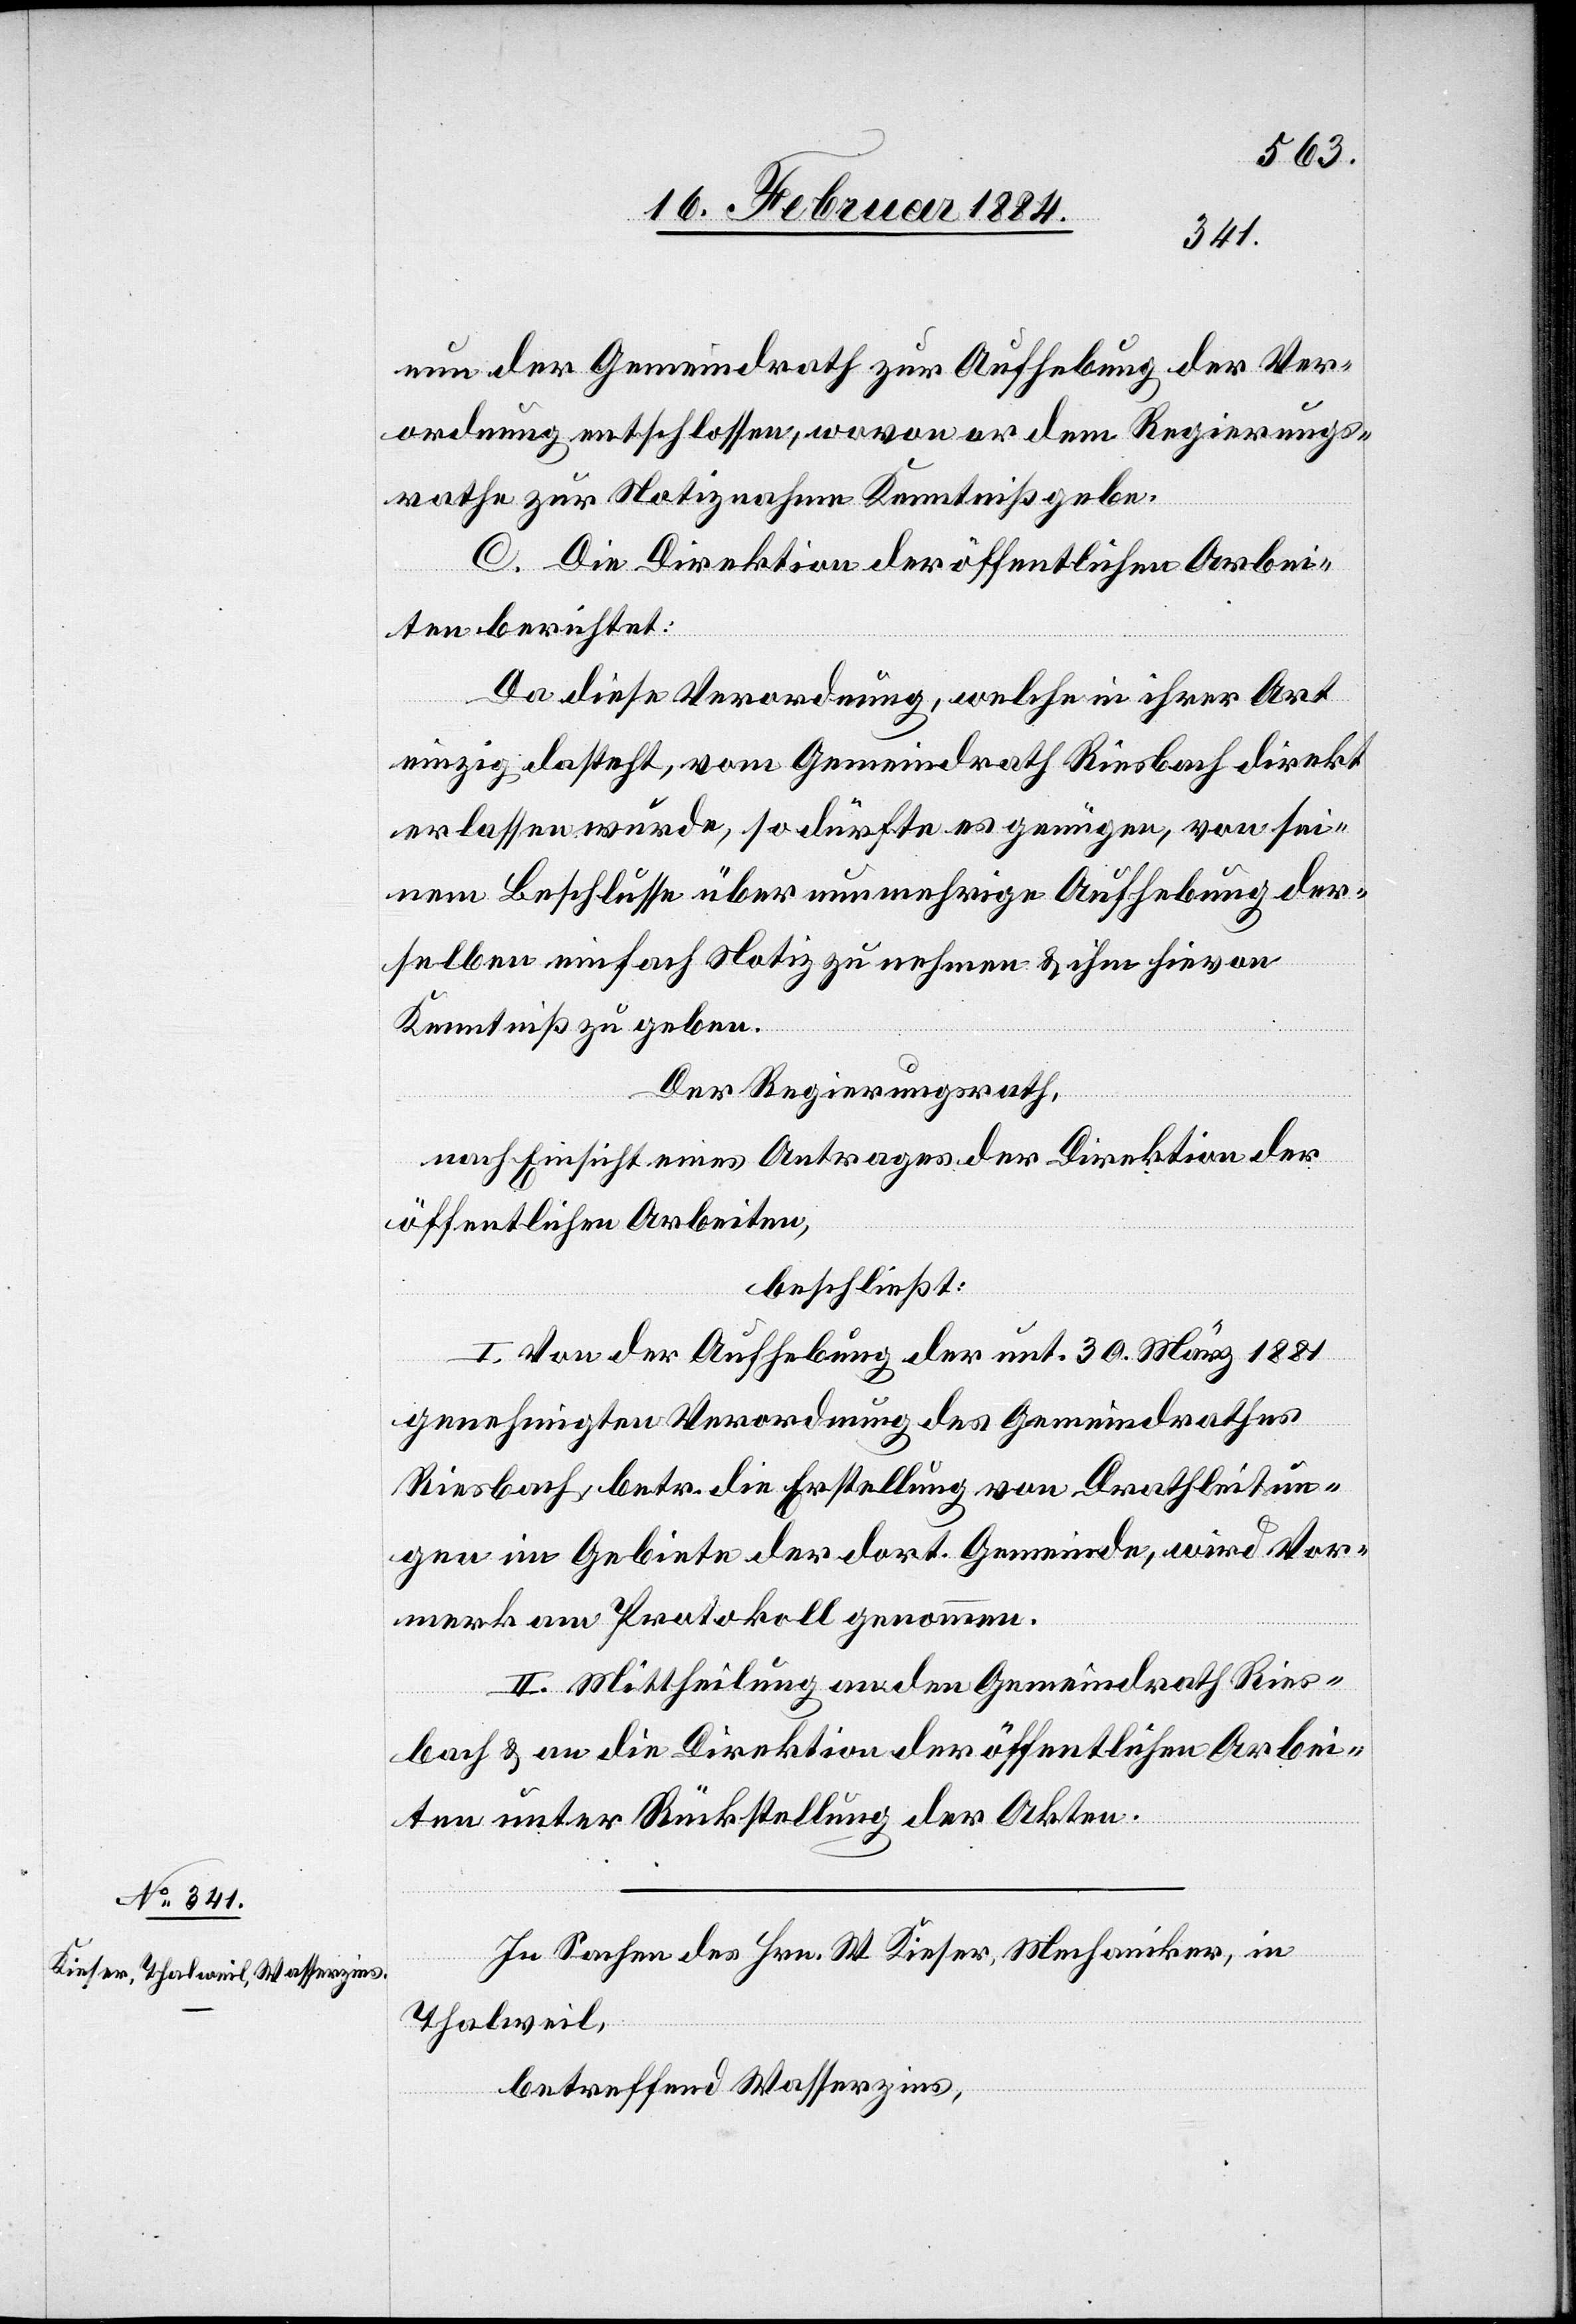
nun der Gemeindrath zur Aufhebung der Ver¬
ordnung entschlossen, wovon er dem Regierungs¬
rathe zur Notiznahme Kenntniß gebe.
C. Die Direktion der öffentlichen Arbei¬
ten berichtet:
Da diese Verordnung, welche in ihrer Art
einzig dasteht, vom Gemeindrath Riesbach direkt
erlassen wurde, so dürfte es genügen, von sei¬
nem Beschlusse über nunmehrige Aufhebung der¬
selben einfach Notiz zu nehmen & ihm hievon
Kenntniß zu geben.
Der Regierungsrath,
nach Einsicht eines Antrages der Direktion der
öffentlichen Arbeiten,
beschließt:
I. Von der Aufhebung der un. 30. März 1881
genehmigten Verordnung des Gemeindrathes
Riesbach, betr. die Erstellung von Drathleitun¬
gen im Gebiete der dort. Gemeinde, wird Vor¬
merk am Protokoll genommen.
II. Mittheilung an den Gemeindrath Ries¬
bach & an die Direktion der öffentlichen Arbei¬
ten unter Rückstellung der Akten.
In Sachen des Hrn. W. Kieser, Mechaniker, in
Thalweil,
betreffend Wasserzins,